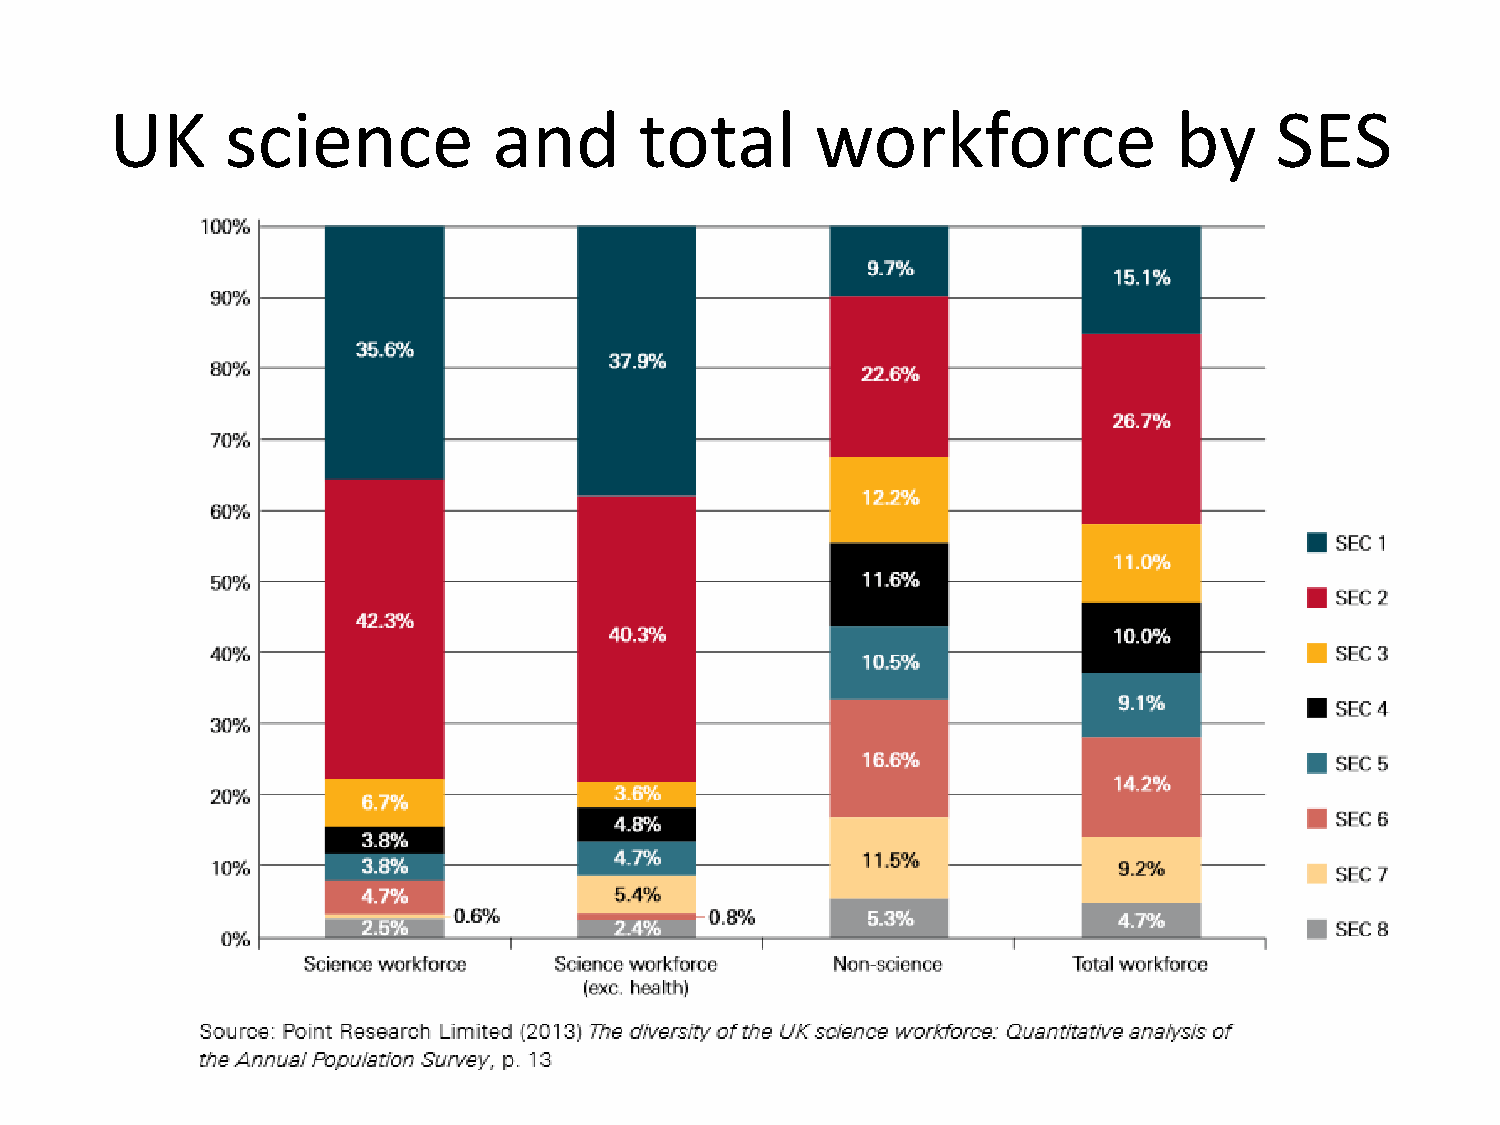
UK      science           and      total       workforce               by    SES